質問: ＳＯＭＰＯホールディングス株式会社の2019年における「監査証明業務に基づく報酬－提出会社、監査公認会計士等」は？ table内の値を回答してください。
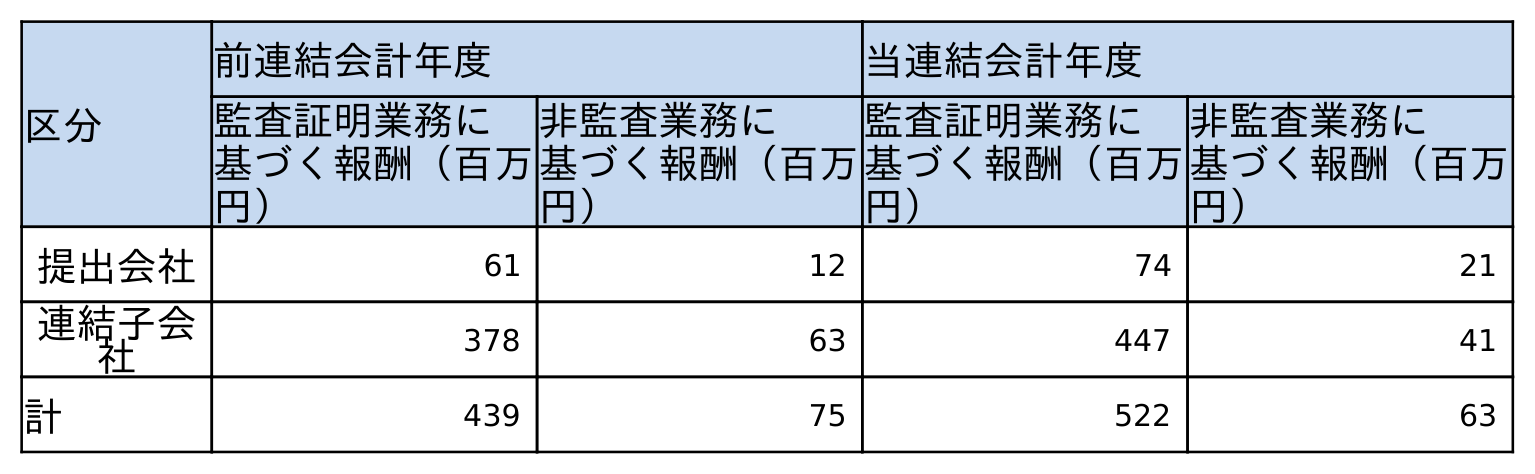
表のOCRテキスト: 区分 前連結会計年度 当連結会計年度 監査証明業務に 基づく報酬（百万 円） 非監査業務に 基づく報酬（百万 円） 監査証明業務に 基づく報酬（百万 円） 非監査業務に 基づく報酬（百万 円） 提出会社 61 12 74 21 連結子会 社 378 63 447 41 計 439 75 522 63
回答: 61